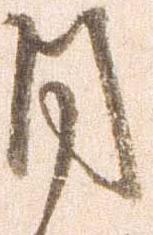
目